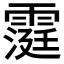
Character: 𮦧